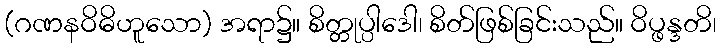
(ဂဏနဝိဓိဟူသော) အရာ၌။ စိတ္တုပ္ပါဒေါ၊ စိတ်ဖြစ်ခြင်းသည်။ ဝိပ္ဖန္ဒတိ၊